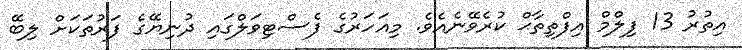
އިތުރު 13 ފިލްމް އިފްތިތާޙް ކުރެވޭނެއެވެ. މިއަހަރުގެ ފެސްޓިވަލްގައި ދުނިޔޭގެ ފަރުތަކަށް ލިބޭ